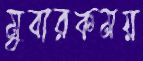
মুবারকময়